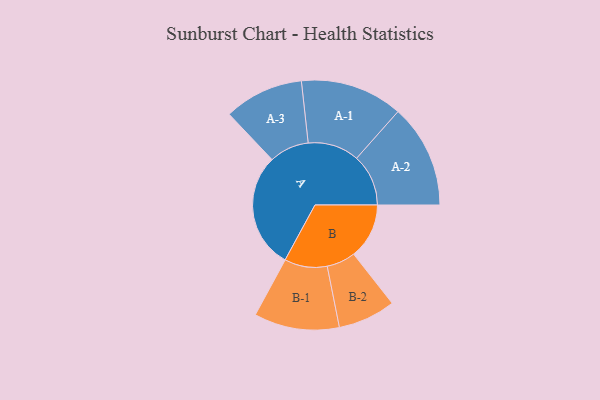
{"axis": {"x": "Segment", "y": "Value"}, "legend": ["", "A", "B"], "data": [{"x": "A", "y": 442, "type": ""}, {"x": "B", "y": 212, "type": ""}, {"x": "A-1", "y": 196, "type": "A"}, {"x": "A-2", "y": 198, "type": "A"}, {"x": "A-3", "y": 152, "type": "A"}, {"x": "B-1", "y": 163, "type": "B"}, {"x": "B-2", "y": 110, "type": "B"}]}